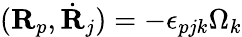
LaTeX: ({\mathbf R}_{p},\dot{\mathbf R}_{j})=-\epsilon_{pjk}\Omega_{k}